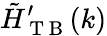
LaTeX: \tilde{H}_{\mathrm{~T~B~}}^{\prime}(k)